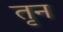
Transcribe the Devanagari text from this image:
तृन